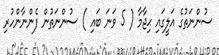
ސުންނަތުގެ އަލީގައި ޙިޖާމާ ( 5 ވަނަ ބައި ) ސުންނަތުން ފެންނާންހުރި